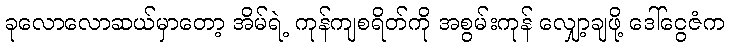
ခုလောလောဆယ်မှာတော့ အိမ်ရဲ့ ကုန်ကျစရိတ်ကို အစွမ်းကုန် လျှော့ချဖို့ ဒေါ်ငွေဇံက